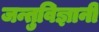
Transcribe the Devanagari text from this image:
जन्तुविज्ञानी